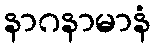
နာဂနာမာနံ